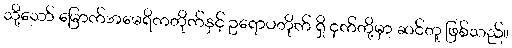
သို့သော် မြောက်အမေရိကတိုက်နှင့် ဥရောပတိုက် ရှိ ငှက်တို့မှာ ဆင်တူ ဖြစ်သည်။